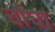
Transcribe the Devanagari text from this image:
चौघा